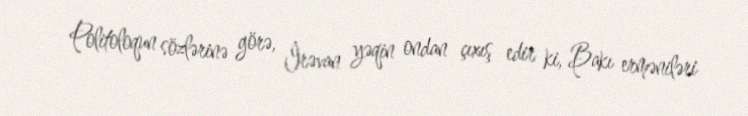
Politoloqun sözlərinə görə, İrəvan yəqin ondan çıxış edir ki, Bakı erməniləri